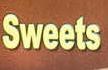
sweets